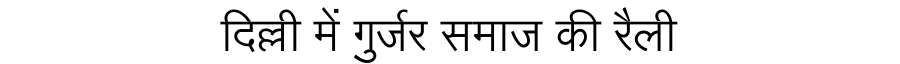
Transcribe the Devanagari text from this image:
दिल्ली में गुर्जर समाज की रैली